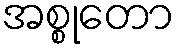
အစ္စုတော